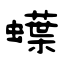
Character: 蠂